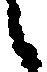
候